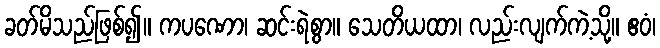
ခတ်မိသည်ဖြစ်၍။ ကပဏော၊ ဆင်းရဲစွာ။ သေတိယထာ၊ လည်းလျက်ကဲ့သို့။ ဧဝံ၊